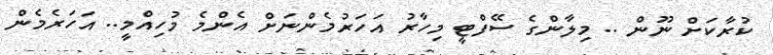
ކުރާކަށް ނޫން .. މިލާންގެ ސޭފްޓީ މިހާރު އަހަރުމެންނަށް އެންމެ މުހިއްމީ.. އަހަރެމެން